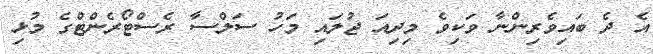
އެ ދެ ބައިވެރިންނާ ވަކިވެ މިދިއަ ޖުލައި މަހު ސަލްސާ ރެސްޓޯރެންޓްގެ މުޅި